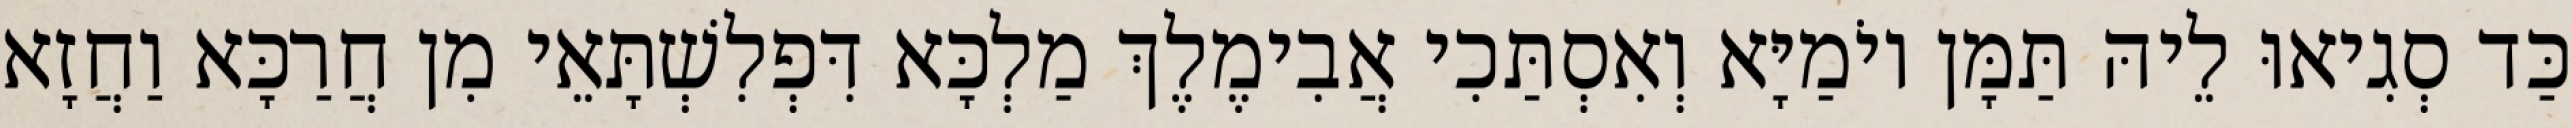
כַּד סְגִיאוּ לֵיהּ תַּמָּן יוֹמַיָּא וְאִסְתַּכִי אֲבִימֶלֶךְ מַלְכָּא דִּפְלִשְׁתָּאֵי מִן חֲרַכָּא וַחֲזָא